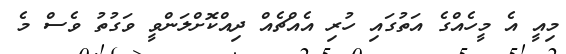
މިއީ އެ މީހެއްގެ އަތުގައި ހުރި އެއްޗެއް ދިއްކޮށްލަންވީ ވަގުތު ވެސް މެ